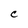
Character: C